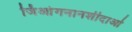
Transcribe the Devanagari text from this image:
जिआंगनानशीदाओ